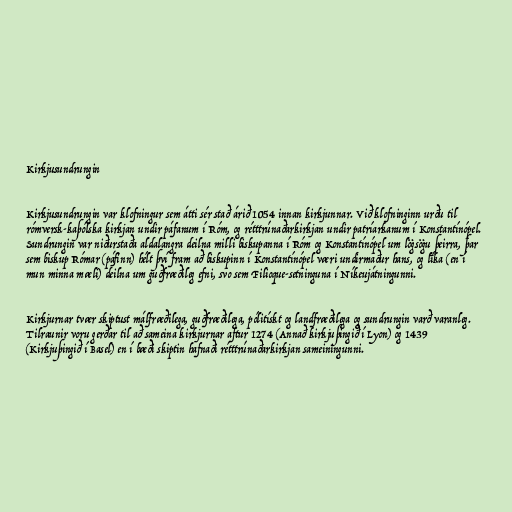
Kirkjusundrungin

Kirkjusundrungin var klofningur sem átti sér stað árið 1054 innan kirkjunnar. Við klofninginn urðu til
rómversk-kaþólska kirkjan undir páfanum í Róm, og rétttrúnaðarkirkjan undir patríarkanum í Konstantínópel.
Sundrungin var niðurstaða aldalangra deilna milli biskupanna í Róm og Konstantínópel um lögsögu þeirra, þar
sem biskup Rómar (páfinn) hélt því fram að biskupinn í Konstantínópel væri undirmaður hans, og líka (en í
mun minna mæli) deilna um guðfræðileg efni, svo sem Filioque-setninguna í Níkeujátningunni.

Kirkjurnar tvær skiptust málfræðilega, guðfræðilega, pólitískt og landfræðilega og sundrungin varð varanleg.
Tilraunir voru gerðar til að sameina kirkjurnar aftur 1274 (Annað kirkjuþingið í Lyon) og 1439
(Kirkjuþingið í Basel) en í bæði skiptin hafnaði rétttrúnaðarkirkjan sameiningunni.